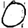
Digit: 0